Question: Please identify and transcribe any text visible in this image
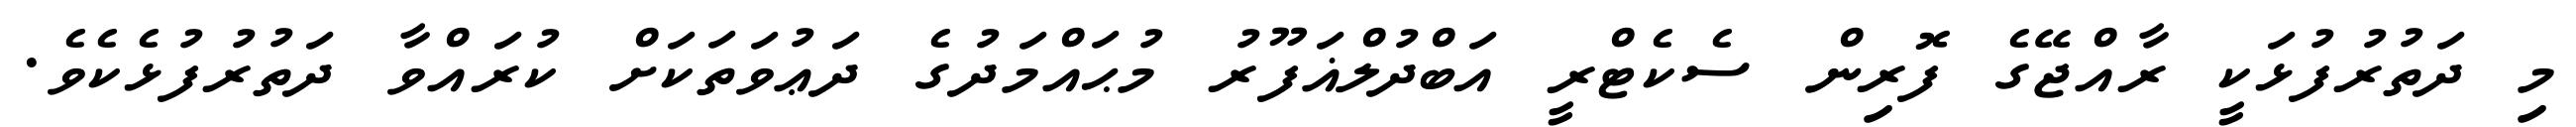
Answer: މި ދަތުރުފުޅަކީ ރާއްޖޭގެ ފޮރިން ސެކެޓްރީ އަބްދުލްޣަފޫރު މުޙައްމަދުގެ ދަޢުވަތަކަށް ކުރައްވާ ދަތުރުފުޅެކެވެ.